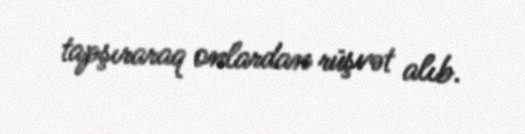
tapşıraraq onlardan rüşvət alıb.